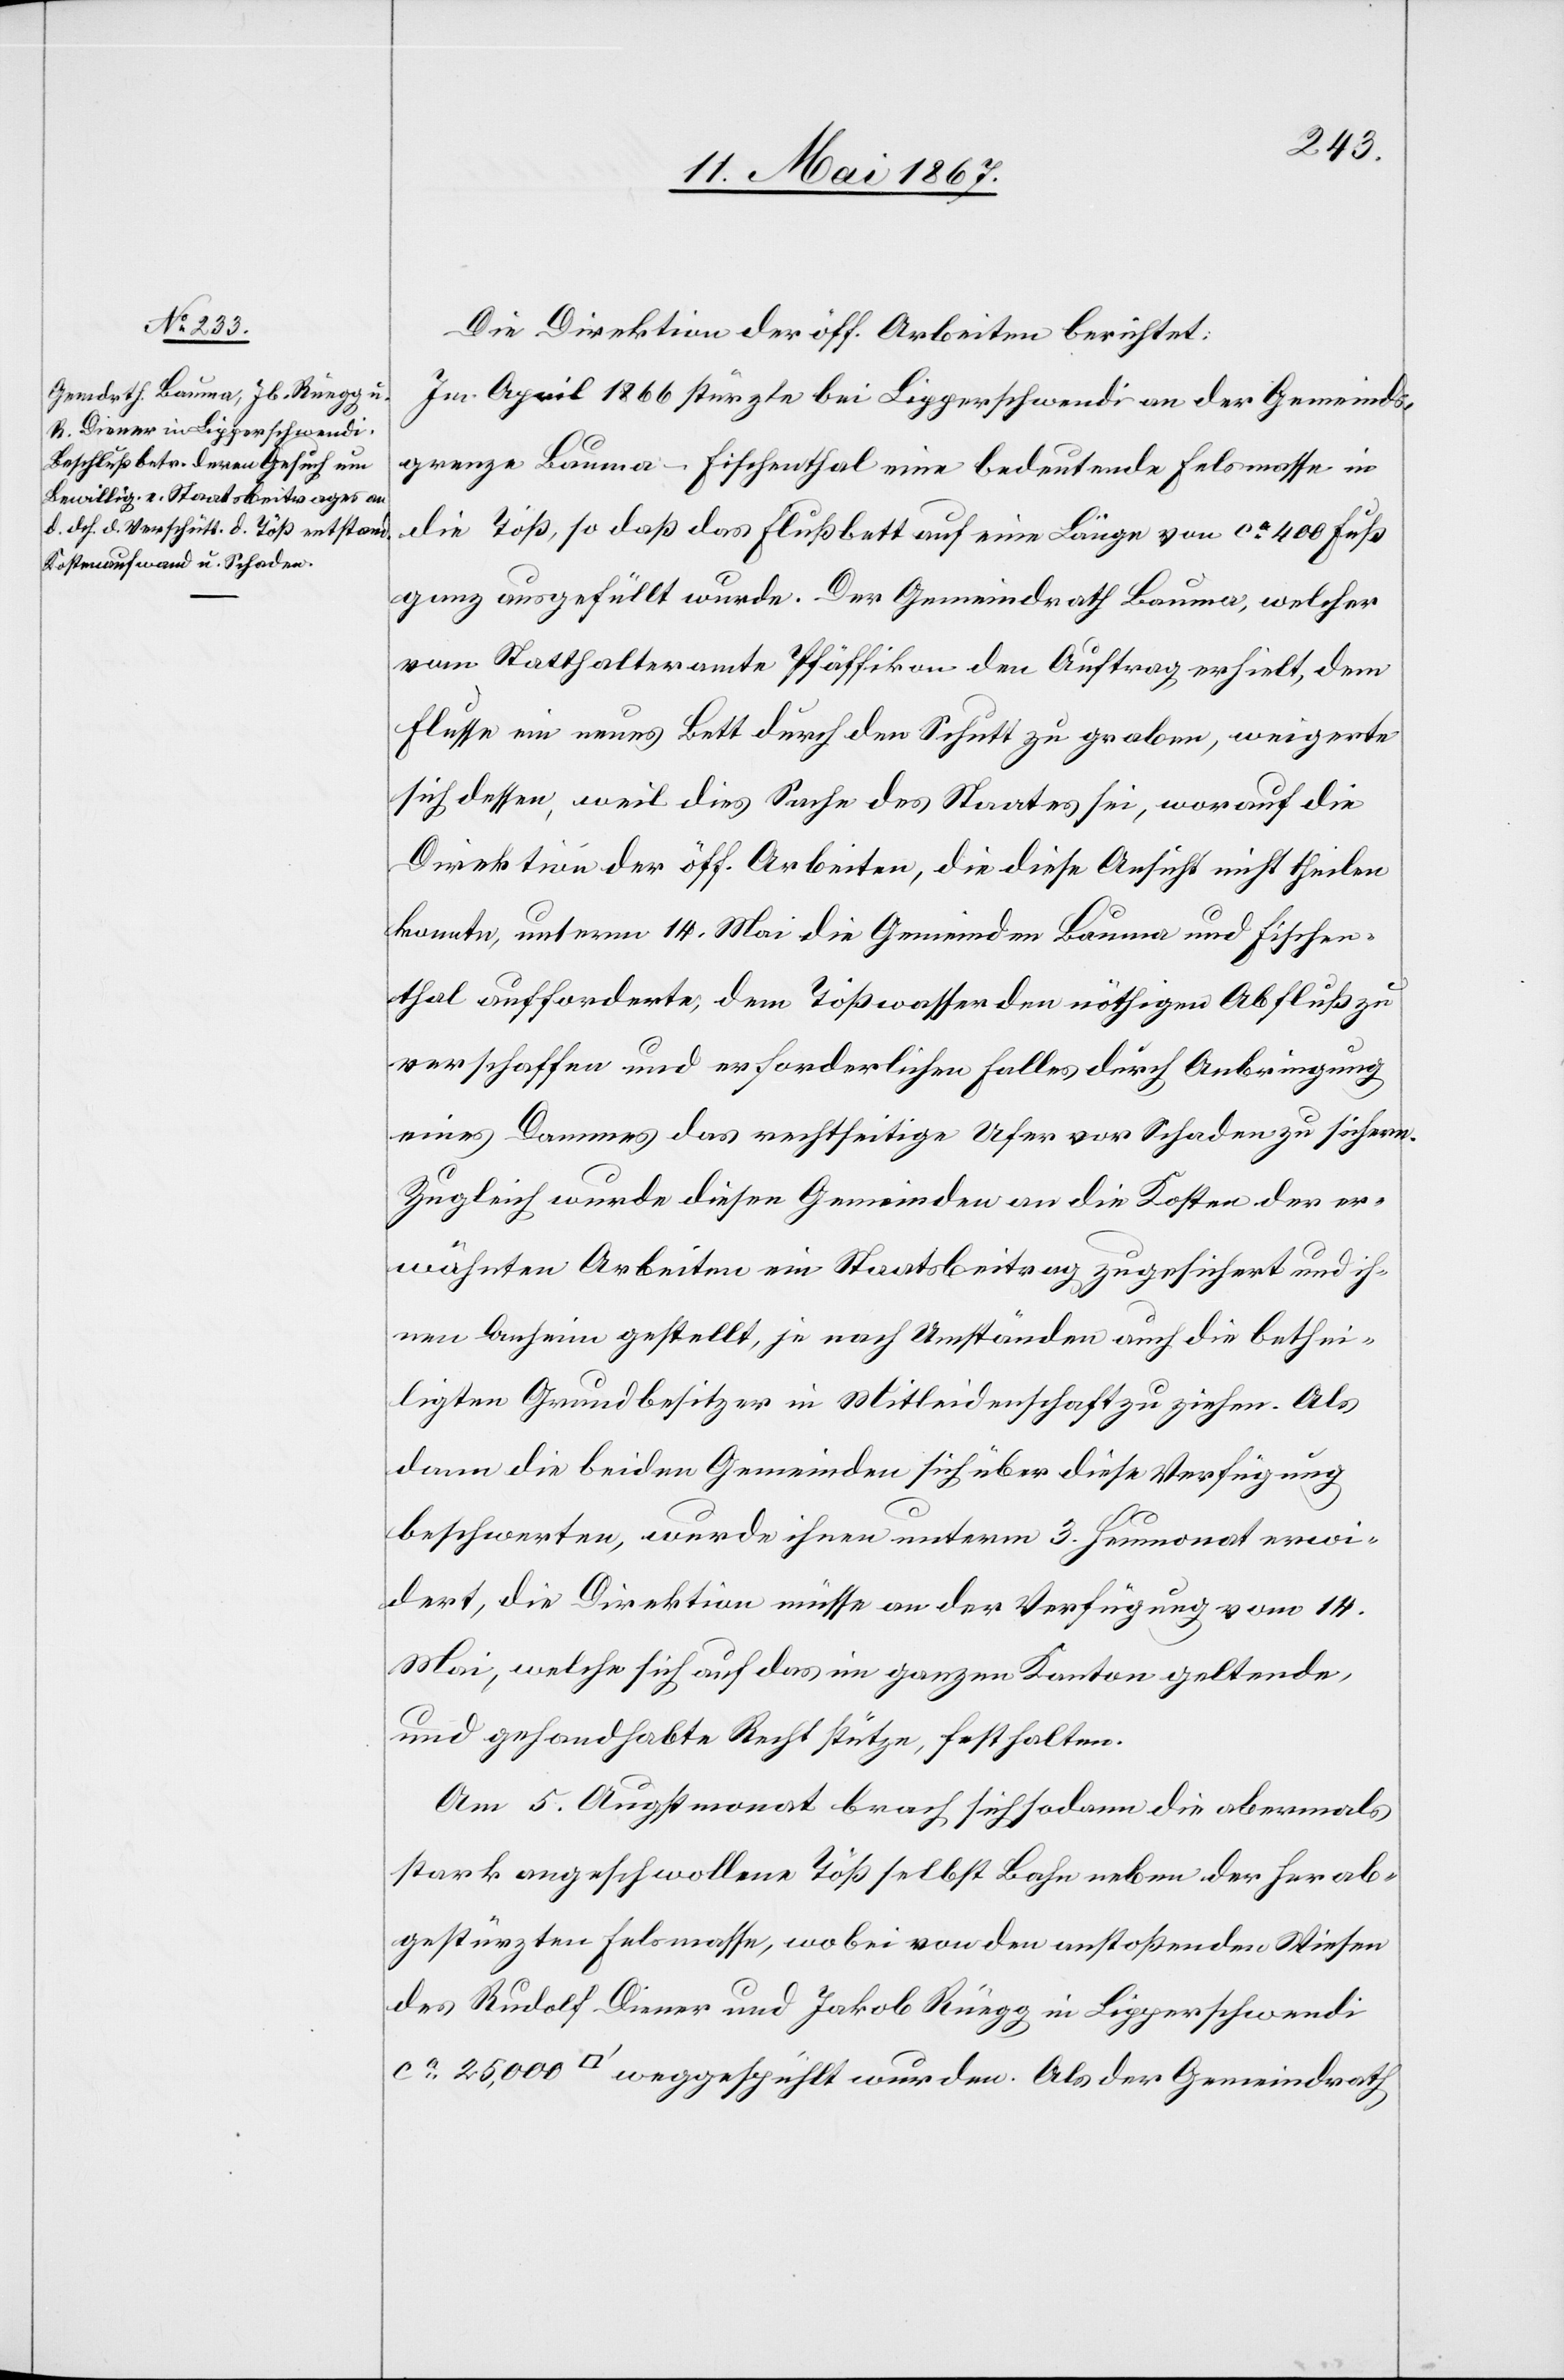
Die Direktion der öff. Arbeiten berichtet:
Im April 1866 stürzte bei Lipperschwendi an der Gemeinds¬
grenze Bauma-Fischenthal eine bedeutende Felsmasse in
die Töß, so daß das Flußbett auf eine Länge von ca. 400 Fuß
ganz ausgefüllt wurde. Der Gemeindrath Bauma, welcher
vom Statthalteramte Pfäffikon den Auftrag erhielt, dem
Flusse ein neues Bett durch den Schutt zu graben, weigerte
sich dessen, weil dies Sache des Staates sei, worauf die
Direktion der öff. Arbeiten, die diese Ansicht nicht theilen
konnte, unterm 14. Mai die Gemeinden Bauma und Fischen¬
thal aufforderte, dem Tößwasser den nöthigen Abfluß zu
verschaffen und erforderlichen Falles durch Anbringung
eines Dammes das rechtseitige Ufer vor Schaden zu sichern.
Zugleich wurde diesen Gemeinden an die Kosten der er¬
wähnten Arbeiten ein Staatsbeitrag zugesichert und ih¬
nen Anheim gestellt, je nach Umständen auch die bethei¬
ligten Grundbesitzer in Mitleidenschaft zu ziehen. Als
dann die beiden Gemeinden sich über diese Verfügung
beschwerten, wurde ihnen unterm 3. Heumonat erwi¬
dert, die Direktion müsse an der Verfügung vom 14.
Mai, welche sich auf das im ganzen Kanton geltende,
und gehandhabte Recht stütze, festhalten.
Am 5. August brach sich sodann die abermals
stark angeschwollene Töß selbst Bahn neben der herab¬
gestürzten Felsmasse, wobei von den anstoßenden Wiesen
des Rudolf Diener und Jakob Rüegg in Lipperschwendi
[Quadratfuss] weggespühlt wurden. Als der Gemeindrath